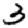
Digit: 3